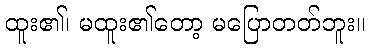
ထူး၏၊ မထူး၏တော့ မပြောတတ်ဘူး။